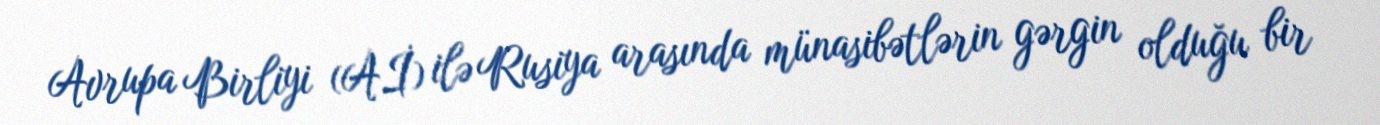
Avrupa Birliyi (Aİ) ilə Rusiya arasında münasibətlərin gərgin olduğu bir